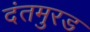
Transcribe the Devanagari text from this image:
दंतमुरड